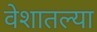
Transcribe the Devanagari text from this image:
वेशातल्या